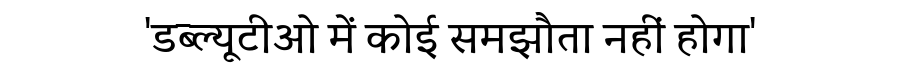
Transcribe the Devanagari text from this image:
'डब्ल्यूटीओ में कोई समझौता नहीं होगा'